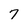
Character: 7